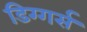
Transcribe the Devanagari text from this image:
डिग्गर्स